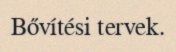
Bővítési tervek.